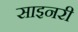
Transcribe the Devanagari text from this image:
साइनरी